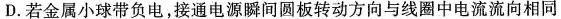
D.若金属小球带负电，接通电源瞬间圆板转动方向与线圈中电流流向相同